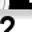
Digit: 2